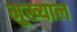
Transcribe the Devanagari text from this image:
मुख्याल